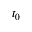
t _ { 0 }